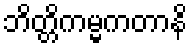
ဘိတ္တိကမ္မကတာနိ